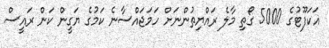
އަކަފޫޓުގެ 5000 ގޯތި މާލެ ރައްޔިތުންނަށް ހަމަޖައްސާނެ ކަމުގެ ޔަގީން ކަން ރައީސް